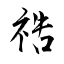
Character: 祰